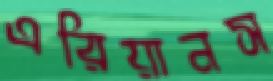
এরিয়ানস